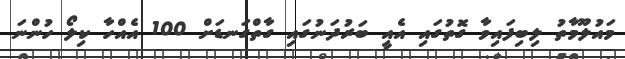
މައުލޫމާތު ލިބިފައިވާ ގޮތުގައި އެއީ ބަރުދަނުގައި ގާތްގަނޑަށް 100 އެއްހާ ކިލޯ ހުންނަ